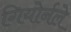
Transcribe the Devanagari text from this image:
गियोर्नले